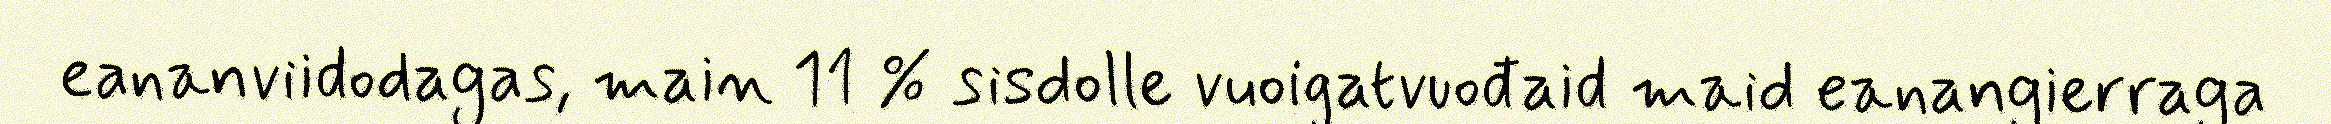
eananviidodagas, main 11 % sisdolle vuoigatvuođaid maid eanangierraga